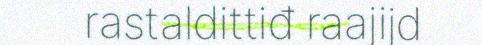
rastaldittiđ raajijd